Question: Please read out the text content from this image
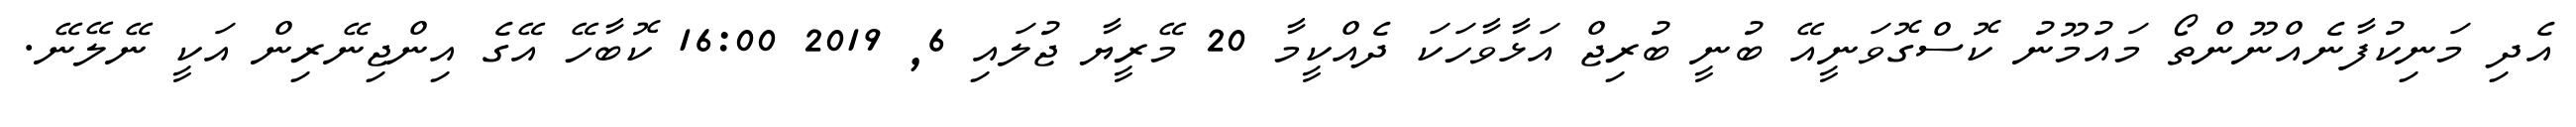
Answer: އެދި މަނިކުފާނެއްނޫންތޯ މައުމޫނު ކޮސްގޮވަނީއޭ ބުނީ ބުރިޖް އަޅާވާހަކަ ދެއްކީމާ 20 މޭރީޔާ ޖުލައި 6, 2019 16:00 ކޮބާހޭ އޭގެ އިންޖިނޭރިން އަކީ ނޭލޭނޭ.